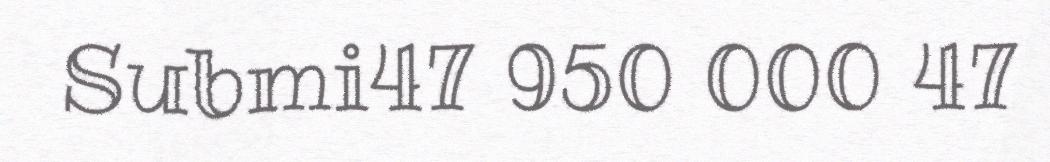
Submi47 950 000 47